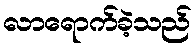
လာရောက်ခဲ့သည်